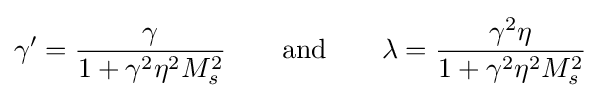
\gamma '={\frac {\gamma }{1+\gamma ^{2}\eta ^{2}M_{s}^{2}}}\qquad {\text{and}}\qquad \lambda ={\frac {\gamma ^{2}\eta }{1+\gamma ^{2}\eta ^{2}M_{s}^{2}}}